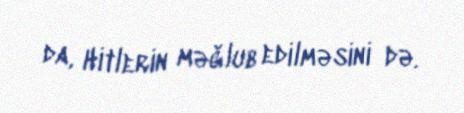
da, Hitlerin məğlub edilməsini də.